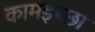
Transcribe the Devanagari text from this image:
कामइच्‍छा